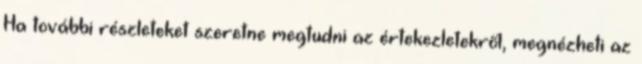
Ha további részleteket szeretne megtudni az értekezletekről, megnézheti az